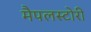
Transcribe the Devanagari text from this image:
मैपलस्टोरी